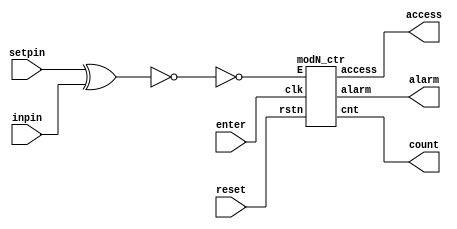
module locksys(setpin,inpin,reset,enter,access,alarm,count);
input reset,enter;
input [15:0] setpin, inpin;
output access,alarm;
output [1:0] count;//max count is 3 which can be represented in 2 bits 3=11
wire check;//is equal?
assign check = !(setpin^inpin);//logical negetion 
modN_ctr counter(enter,!check,reset,count,access,alarm);
endmodule
//modN_ctr decides when to give access and when to give off alarm and show the count
//E is opposite of the check
module modN_ctr(clk,E,rstn,cnt,access,alarm);
parameter N = 3; //3 wrong inputs 
parameter width = 2; //binary width of 3 is 2
input clk,E,rstn;
output reg access,alarm;
output reg [width-1:0] cnt;
always @(posedge clk, posedge rstn) begin
    if (rstn) begin//if reset button is pushed independent of anything the alarm and count is set to 0
        alarm<=0;
        cnt<=0;
    end
    else if (E & cnt == N-1) begin//new wrong password or count is 2
        access<=0;//access denied
        alarm<=1;//alarm turned on
        cnt<=cnt+1;//count incremented
    end
    else if (cnt == N) begin//count= 3
        access<=0;
        alarm<=1;
    end
    else if (E) begin//if check is 0 //wrong in 1st attemp
        cnt<=cnt+1;
        access<=0;
        alarm<=1;
    end
    else begin//right inpin
        cnt<=0;
        access<=1;
        alarm<=0;
    end
end
endmodule